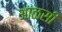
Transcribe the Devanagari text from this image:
आळसी